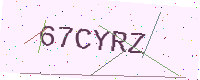
Text: 67CYRZ